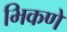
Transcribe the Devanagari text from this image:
भिकणे